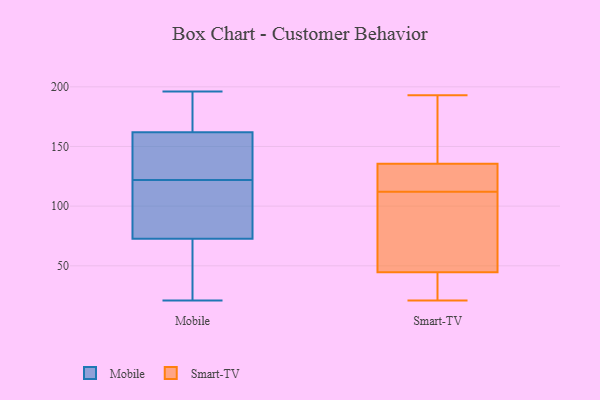
{"axis": {"x": "Waste Production (Tons)", "y": "Value"}, "legend": ["Mobile", "Smart-TV"], "data": [{"x": "", "y": 141, "type": "Mobile"}, {"x": "", "y": 176, "type": "Mobile"}, {"x": "", "y": 167, "type": "Mobile"}, {"x": "", "y": 70, "type": "Mobile"}, {"x": "", "y": 98, "type": "Mobile"}, {"x": "", "y": 196, "type": "Mobile"}, {"x": "", "y": 144, "type": "Mobile"}, {"x": "", "y": 175, "type": "Mobile"}, {"x": "", "y": 21, "type": "Mobile"}, {"x": "", "y": 116, "type": "Mobile"}, {"x": "", "y": 81, "type": "Mobile"}, {"x": "", "y": 147, "type": "Mobile"}, {"x": "", "y": 122, "type": "Mobile"}, {"x": "", "y": 39, "type": "Mobile"}, {"x": "", "y": 41, "type": "Mobile"}, {"x": "", "y": 135, "type": "Smart-TV"}, {"x": "", "y": 90, "type": "Smart-TV"}, {"x": "", "y": 193, "type": "Smart-TV"}, {"x": "", "y": 146, "type": "Smart-TV"}, {"x": "", "y": 103, "type": "Smart-TV"}, {"x": "", "y": 42, "type": "Smart-TV"}, {"x": "", "y": 35, "type": "Smart-TV"}, {"x": "", "y": 121, "type": "Smart-TV"}, {"x": "", "y": 21, "type": "Smart-TV"}, {"x": "", "y": 136, "type": "Smart-TV"}, {"x": "", "y": 47, "type": "Smart-TV"}, {"x": "", "y": 128, "type": "Smart-TV"}]}